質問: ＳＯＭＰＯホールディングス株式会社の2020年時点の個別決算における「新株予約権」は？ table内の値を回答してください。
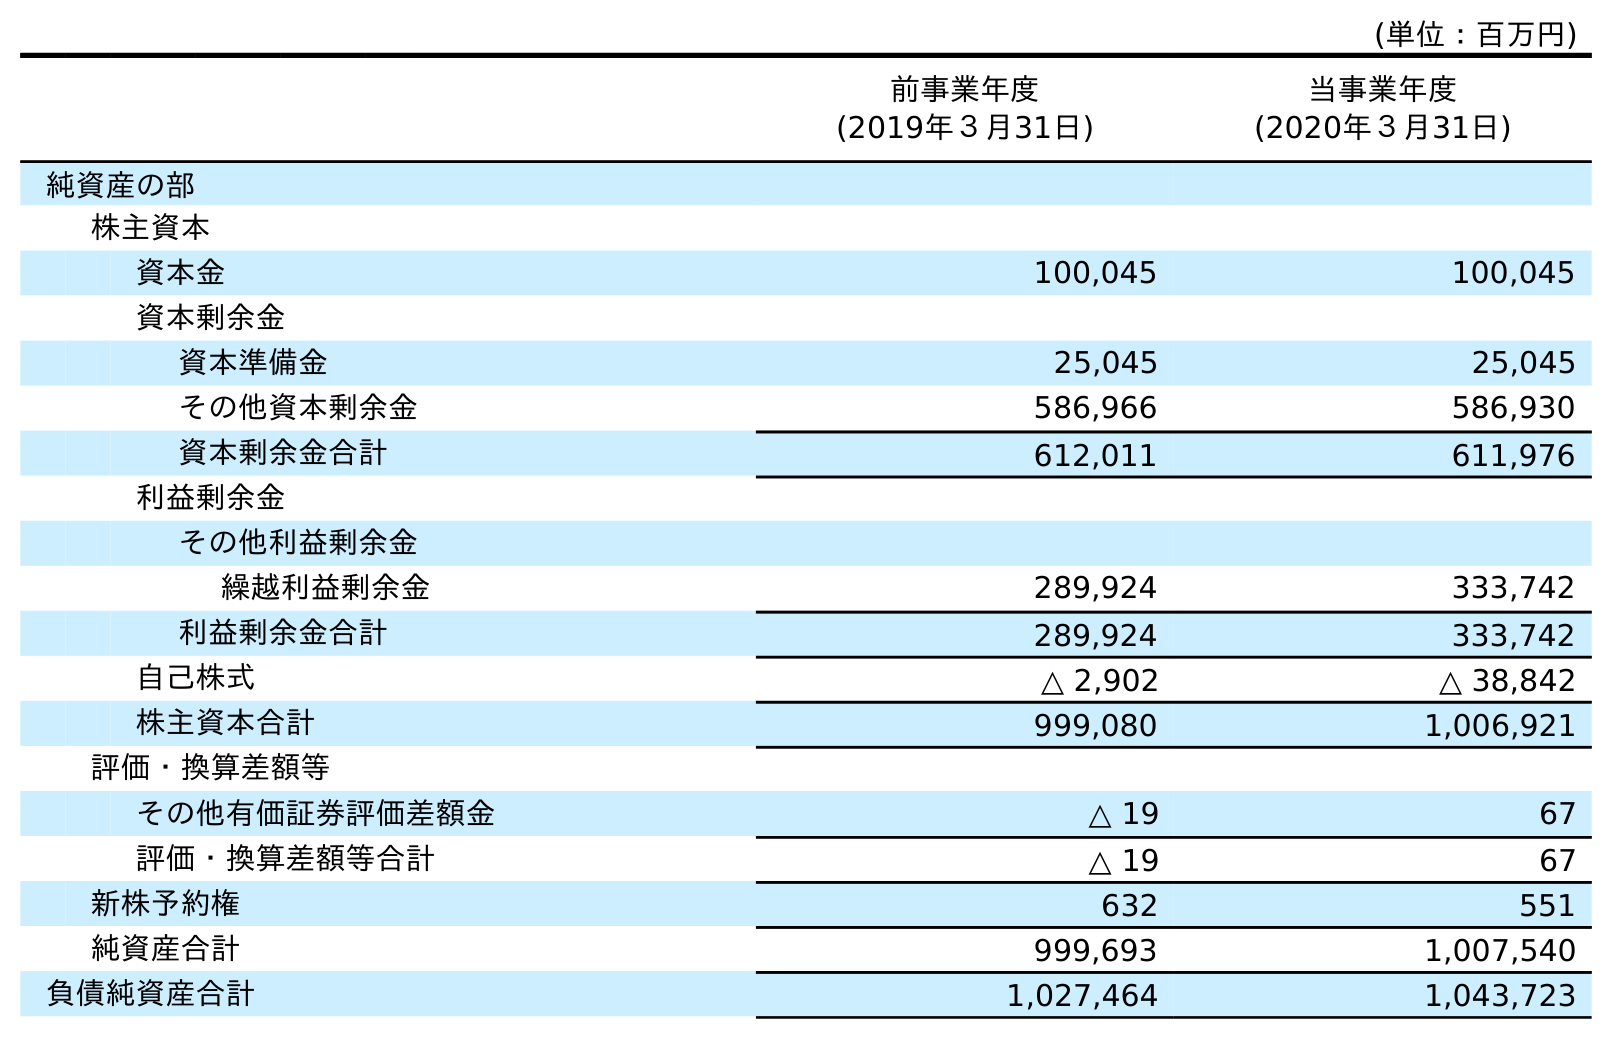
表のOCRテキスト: (単位：百万円) 前事業年度 (2019年３月31日) 当事業年度 (2020年３月31日) 純資産の部 株主資本 資本金 100,045 100,045 資本剰余金 資本準備金 25,045 25,045 その他資本剰余金 586,966 586,930 資本剰余金合計 612,011 611,976 利益剰余金 その他利益剰余金 繰越利益剰余金 289,924 333,742 利益剰余金合計 289,924 333,742 自己株式 △ 2,902 △ 38,842 株主資本合計 999,080 1,006,921 評価・換算差額等 その他有価証券評価差額金 △ 19 67 評価・換算差額等合計 △ 19 67 新株予約権 632 551 純資産合計 999,693 1,007,540 負債純資産合計 1,027,464 1,043,723
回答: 551